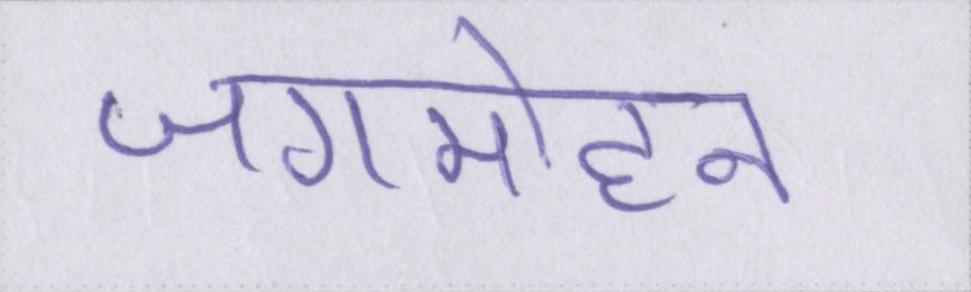
जगमोहन